King Institute of Preventive Medicine Micro-Biological Section reports 1909-11
Year: 1909
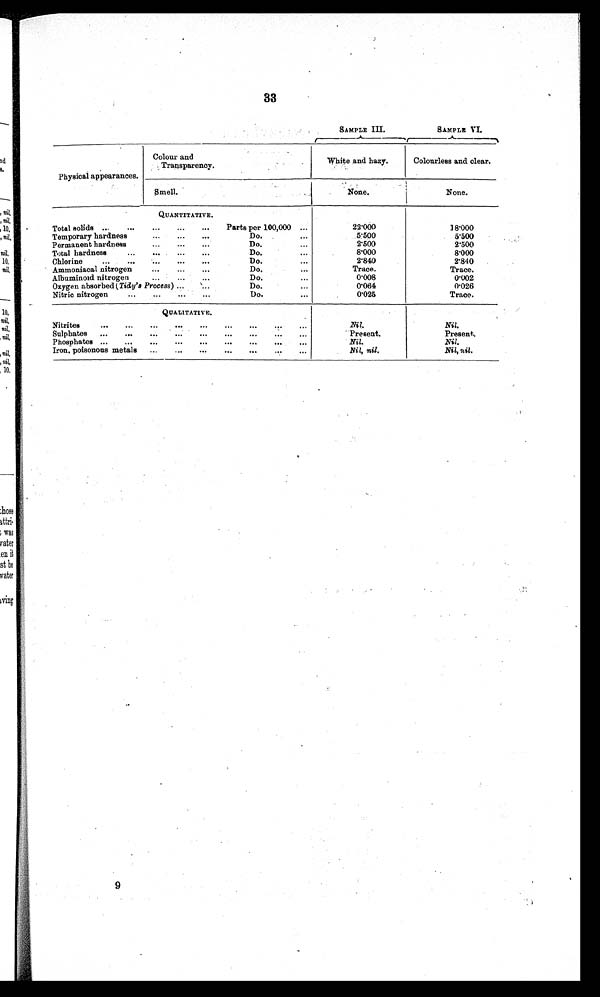
33
SAMPLE III.
SAMPLE VI.
Physical appearances.
Colour and
Transparency.
White and hazy.
Colourless and clear.
smell
None.
None.
QUANTITATIVE.
Total solids ...
...
...
. . . ...
Parts per 100,000 ...
22.000
18.000
Temporary hardness
-..
...
...
Do.
...
5.500
5.500
Permanent hardness
. .. . . . ...
Do. ...
2.500
2.500
Total hardness
.
Do.
...
8.000
8.000
Chlorine
...
...
...
...
Do.
...
2.840
2.840
Ammoniacal nitrogen
. . . - . - . . .
Do.
. —
Trace.
Trace.
Albuminoid nitrogen
. ' ....
Do.
. . .
0.008
0.002
Oxygen absorbed (Tidy's Process ) ...
Do.
...
0.064
0.026
. .
Nitric nitrogen. . . . . . . . .
Do.
...
0.025
Trace.
QUALITATIVE.
Nitrites
......
. . . . . . . . . . . . . .
"'
Nil.
.
N Nil.
.
Sulphates
...
...
...
...
...
...
"'
...
...
Present.
Present.
P hosphates ...
...
...
...
...
...
Nil.
Nil.
...
Iron, poisonous metals
......
...
...
...
Nil, nil.
Nil, nil.
9